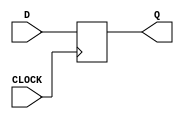
`timescale 1ns / 1ps
//////////////////////////////////////////////////////////////////////////////////
// Company: 
// Engineer: 
// 
// Design Name: 
// Module Name: my_dff
// Project Name: 
// Target Devices: 
// Tool Versions: 
// Description: 
// 
// Dependencies: 
// 
// Revision:
// Revision 0.01 - File Created
// Additional Comments:
// 
//////////////////////////////////////////////////////////////////////////////////


module my_dff(input CLOCK, D, output reg Q = 0);
    always @ (posedge CLOCK) begin
        Q <= D;
    end
endmodule